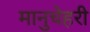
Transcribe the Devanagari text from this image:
मानुचेहरी